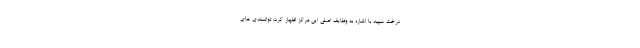
درخت سپید با اشاره به وظایف اصلی این مرکز اظهار کرد: توانمندی های